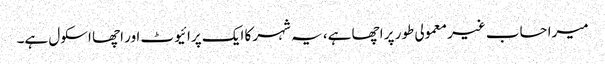
میرا حساب غیر معمولی طور پر اچھا ہے، یہ شہر کا ایک پرائیوٹ اور اچھا اسکول ہے۔